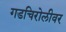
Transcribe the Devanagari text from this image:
गडचिरोलीवर